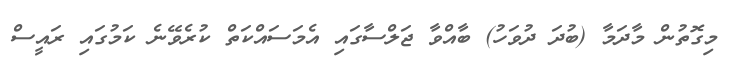
މިގޮތުން މާދަމާ (ބުދަ ދުވަހު) ބާއްވާ ޖަލްސާގައި އެމަސައްކަތް ކުރެވޭނެ ކަމުގައި ރައީސް